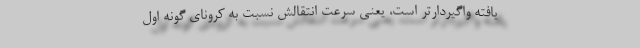
‌یافته واگیردارتر است، یعنی سرعت انتقالش نسبت به کرونای گونه اول